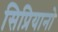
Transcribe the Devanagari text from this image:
सिप्रियानो